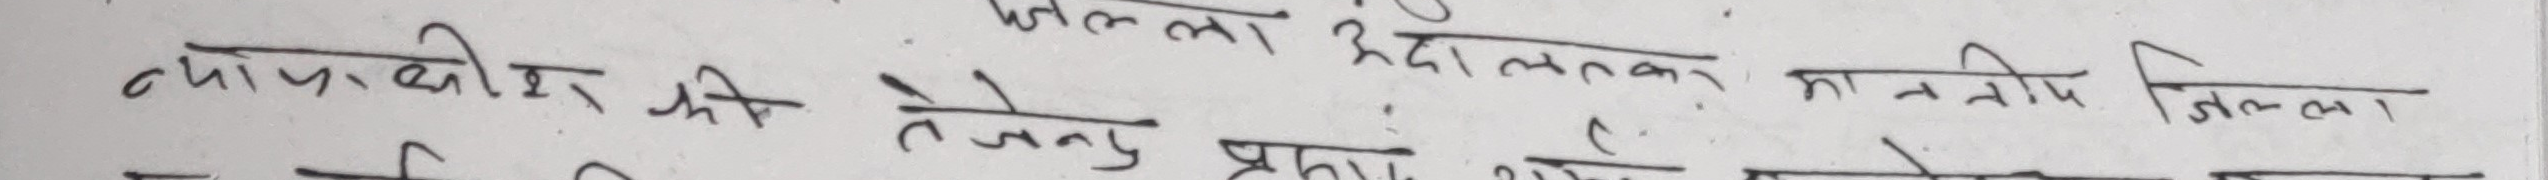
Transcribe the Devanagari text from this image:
न्यायधीश कि तेजनु प्रमाण ले जिल्ला
उदाल्टनका नतिप जिल्ला